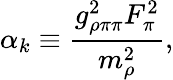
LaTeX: \alpha_{k}\equiv\frac{g_{\rho\pi\pi}^{2}F_{\pi}^{2}}{m_{\rho}^{2}},